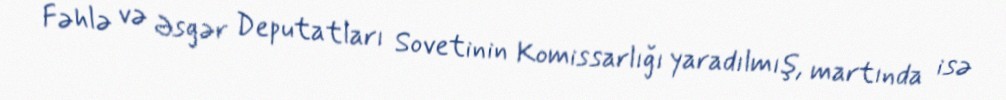
Fəhlə və Əsgər Deputatları Sovetinin Komissarlığı yaradılmış, martında isə